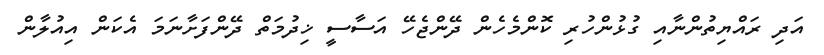
އަދި ރައްޔިތުންނާއި ގުޅުންހުރި ކޮންމެހެން ދޭންޖެހޭ އަސާސީ ޚިދުމަތް ދޭންފަށާނަމަ އެކަން އިއުލާން